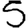
Digit: 5